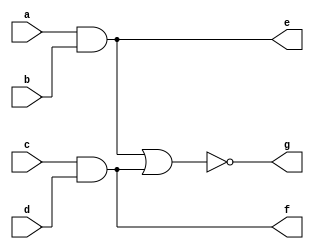
module input_4_aoi(
    input a,
    input b,
    input c,
    input d,

    output e,
    output f,
    output g
);

assign e = a && b;
assign f = c && d;
assign g = ~(e || f);

endmodule